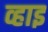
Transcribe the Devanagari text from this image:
व्हाइ